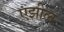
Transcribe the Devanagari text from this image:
एझील